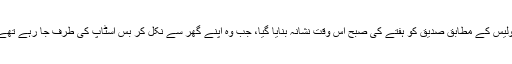
پولیس کے مطابق صدیق کو ہفتے کی صبح اس وقت نشانہ بنایا گیا، جب وہ اپنے گھر سے نکل کر بس اسٹاپ کی طرف جا رہے تھے۔